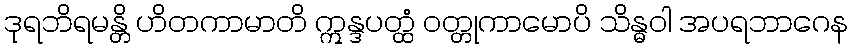
ဒုရဘိရမန္တိ ဟိတကာမာတိ ဣန္ဒပတ္ထံ ဝတ္တုကာမောပိ သိန္ဓဝါ အပရဘာဂေန